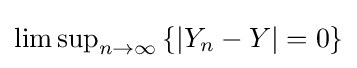
{\textstyle \limsup _{n\to \infty }\left\{\left|Y_{n}-Y\right|=0\right\}}